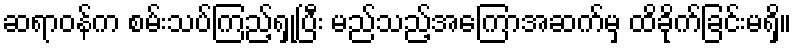
ဆရာဝန်က စမ်းသပ်ကြည့်ရှုပြီး မည်သည့်အကြောအဆက်မှ ထိခိုက်ခြင်းမရှိ။